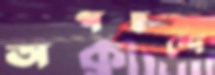
অপছন্দে